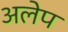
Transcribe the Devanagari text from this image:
अलेप